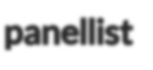
panellist